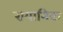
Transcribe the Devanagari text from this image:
रायानिक